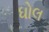
ધોલ